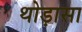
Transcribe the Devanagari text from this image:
थोड़ासा